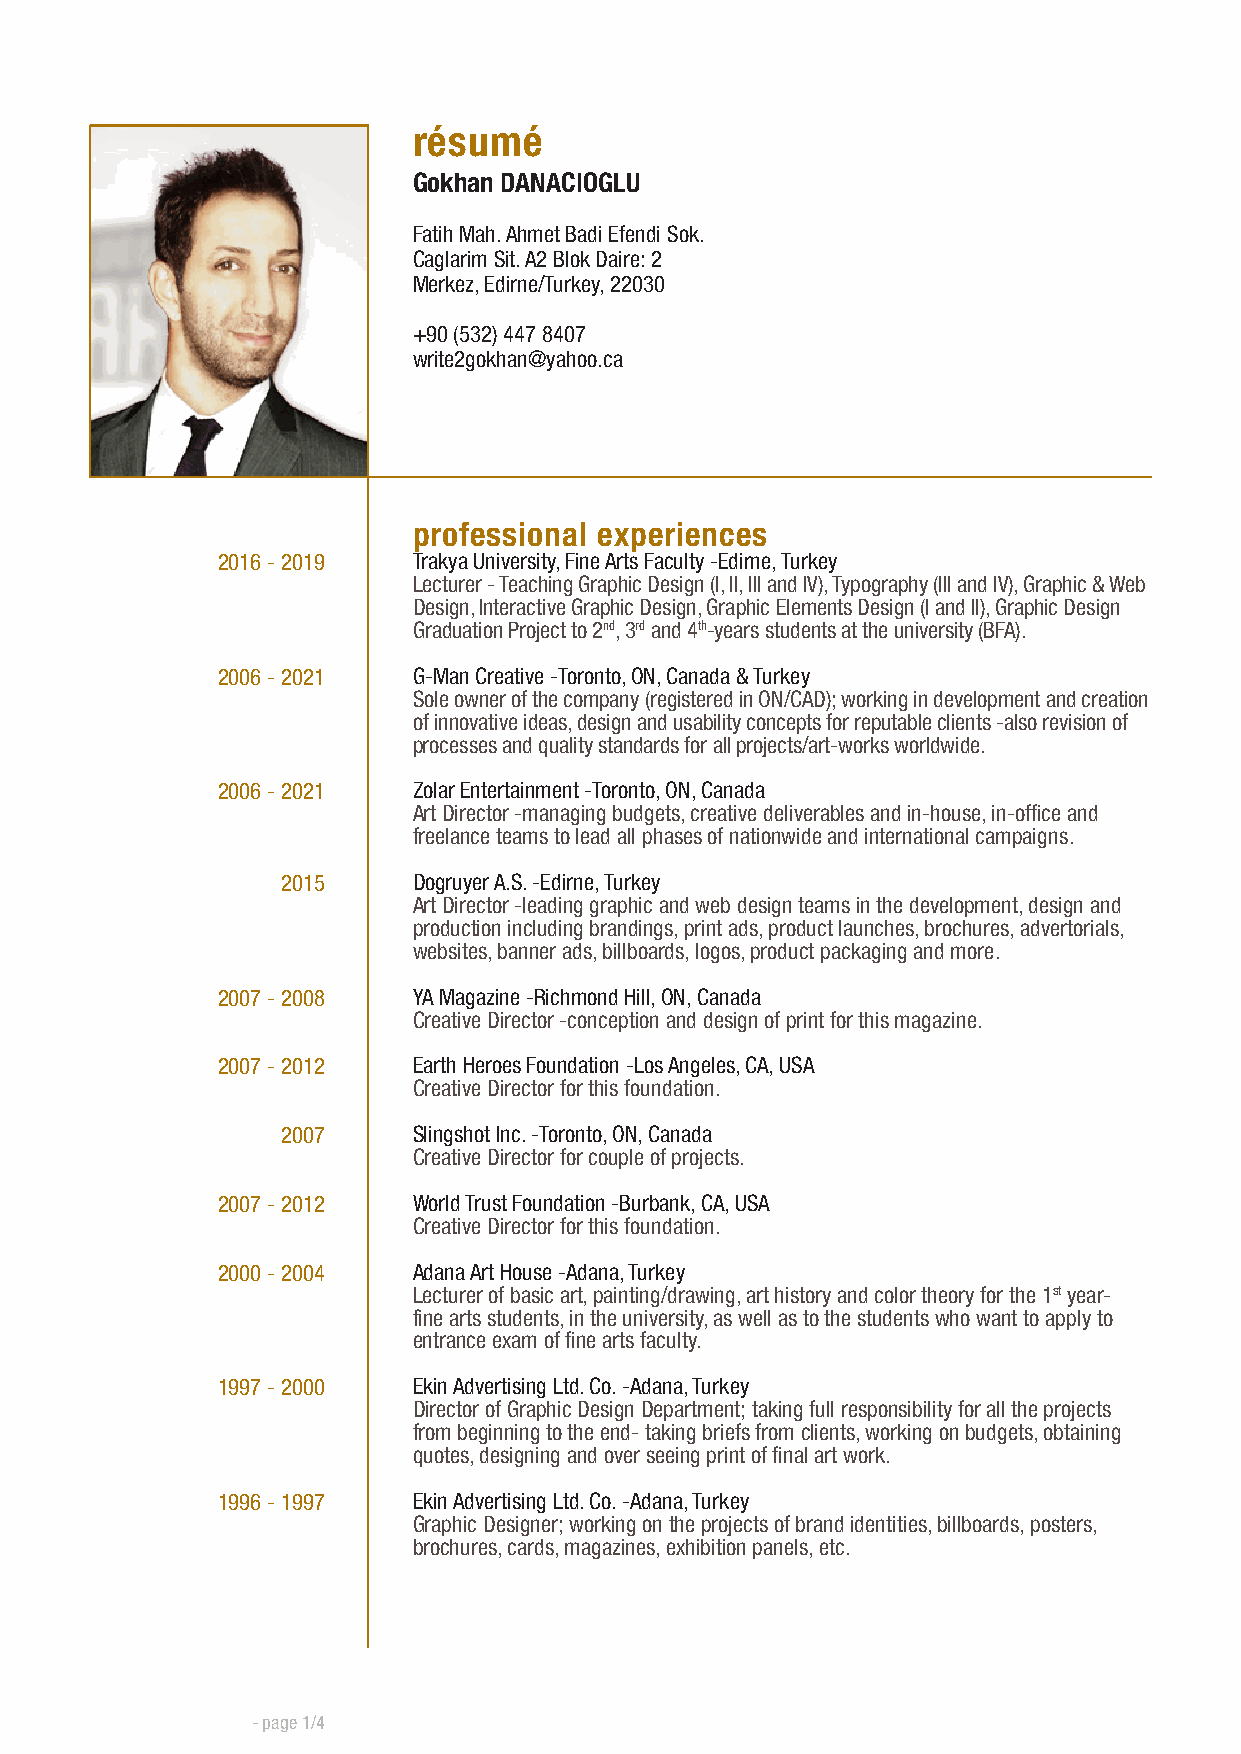
résumé
 Gokhan DANACIOGLU
 Fatih Mah. Ahmet Badi Efendi Sok.
 Caglarim Sit. A2 Blok Daire: 2
 Merkez, Edirne/Turkey, 22030
 +90 (532) 447 8407
 write2gokhan@yahoo.ca
 professional experiences
 2016 - 2019  Trakya University, Fine Arts Faculty -Edirne, Turkey
 Lecturer - Teaching Graphic Design (I, II, III and IV), Typography (III and IV), Graphic & Web
 Design, Interactive Graphic Design, Graphic Elements Design (I and II), Graphic Design
 Graduation Project to 2nd, 3rd and 4th-years students at the university (BFA).
 2006 - 2021  G-Man Creative -Toronto, ON, Canada & Turkey
 Sole owner of the company (registered in ON/CAD); working in development and creation
 of innovative ideas, design and usability concepts for reputable clients -also revision of
 processes and quality standards for all projects/art-works worldwide.
 2006 - 2021  Zolar Entertainment -Toronto, ON, Canada
 Art Director -managing budgets, creative deliverables and in-house, in-office and
 freelance teams to lead all phases of nationwide and international campaigns.
 2015    Dogruyer A.S. -Edirne, Turkey
 Art Director -leading graphic and web design teams in the development, design and
 production including brandings, print ads, product launches, brochures, advertorials,
 websites, banner ads, billboards, logos, product packaging and more.
 2007 - 2008  YA Magazine -Richmond Hill, ON, Canada
 Creative Director -conception and design of print for this magazine.
 2007 - 2012  Earth Heroes Foundation -Los Angeles, CA, USA
 Creative Director for this foundation.
 2007    Slingshot Inc. -Toronto, ON, Canada
 Creative Director for couple of projects.
 2007 - 2012  World Trust Foundation -Burbank, CA, USA
 Creative Director for this foundation.
 2000 - 2004  Adana Art House -Adana, Turkey
 Lecturer of basic art, painting/drawing, art history and color theory for the 1st year-
 fine arts students, in the university, as well as to the students who want to apply to
 entrance exam of fine arts faculty.
 1997 - 2000  Ekin Advertising Ltd. Co. -Adana, Turkey
 Director of Graphic Design Department; taking full responsibility for all the projects
 from beginning to the end- taking briefs from clients, working on budgets, obtaining
 quotes, designing and over seeing print of final art work.
 1996 - 1997  Ekin Advertising Ltd. Co. -Adana, Turkey
 Graphic Designer; working on the projects of brand identities, billboards, posters,
 brochures, cards, magazines, exhibition panels, etc.
 - page 1/4